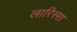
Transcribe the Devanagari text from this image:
लारिस्सा